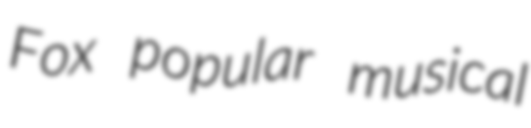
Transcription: Fox popular musical